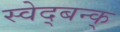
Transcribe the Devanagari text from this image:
स्वेद्बन्क्